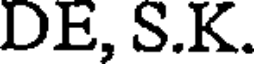
DE, S.K.